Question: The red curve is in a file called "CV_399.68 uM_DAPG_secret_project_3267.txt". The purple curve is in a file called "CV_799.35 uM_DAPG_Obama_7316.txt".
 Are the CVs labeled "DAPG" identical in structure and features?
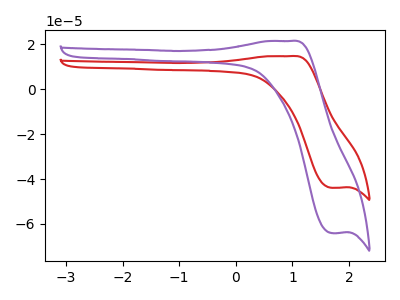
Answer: <think>The red curve "DAPG_399.68 uM" has an anodic peak at (0.95V, 14.70uA) and a cathodic peak at (1.70V, -43.95uA). The purple curve "DAPG_799.35 uM" has an anodic peak at (0.95V, 21.45uA) and a cathodic peak at (1.70V, -64.10uA).
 All the peaks in "DAPG_399.68 uM" have a peak in "DAPG_799.35 uM" at the same potential. Every peak in "DAPG_399.68 uM" is lower than every peak in "DAPG_799.35 uM".</think>
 <answer>All the CV's of "DAPG" have similar shape.</answer>
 <eval>follow_rule</eval>